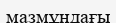
мазмұндағы